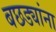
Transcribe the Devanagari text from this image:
बछड्यांना